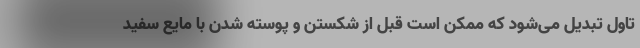
تاول تبدیل می‌شود که ممکن است قبل از شکستن و پوسته شدن با مایع سفید